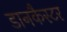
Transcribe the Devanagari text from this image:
डानकैस्टर